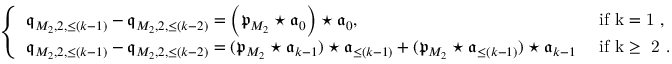
\begin{array} { r } { \left\{ \begin{array} { l l } { \mathfrak { q } _ { M _ { 2 } , 2 , \le ( k - 1 ) } - \mathfrak { q } _ { M _ { 2 } , 2 , \le ( k - 2 ) } = \left( \mathfrak { p } _ { M _ { 2 } } \star \mathfrak { a } _ { 0 } \right) \star \mathfrak { a } _ { 0 } , } & { \mathrm { ~ i f ~ k = 1 ~ , } } \\ { \mathfrak { q } _ { M _ { 2 } , 2 , \le ( k - 1 ) } - \mathfrak { q } _ { M _ { 2 } , 2 , \le ( k - 2 ) } = ( \mathfrak { p } _ { M _ { 2 } } \star \mathfrak { a } _ { k - 1 } ) \star \mathfrak { a } _ { \le ( k - 1 ) } + ( \mathfrak { p } _ { M _ { 2 } } \star \mathfrak { a } _ { \le ( k - 1 ) } ) \star \mathfrak { a } _ { k - 1 } } & { \mathrm { ~ i f ~ k \ge ~ 2 ~ } . } \end{array} \right. } \end{array}